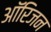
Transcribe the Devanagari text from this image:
आॅरिजन